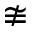
\ncong